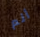
أنم